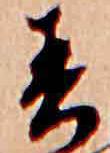
春